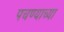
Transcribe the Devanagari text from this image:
पचण्याच्या